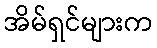
အိမ်ရှင်များက